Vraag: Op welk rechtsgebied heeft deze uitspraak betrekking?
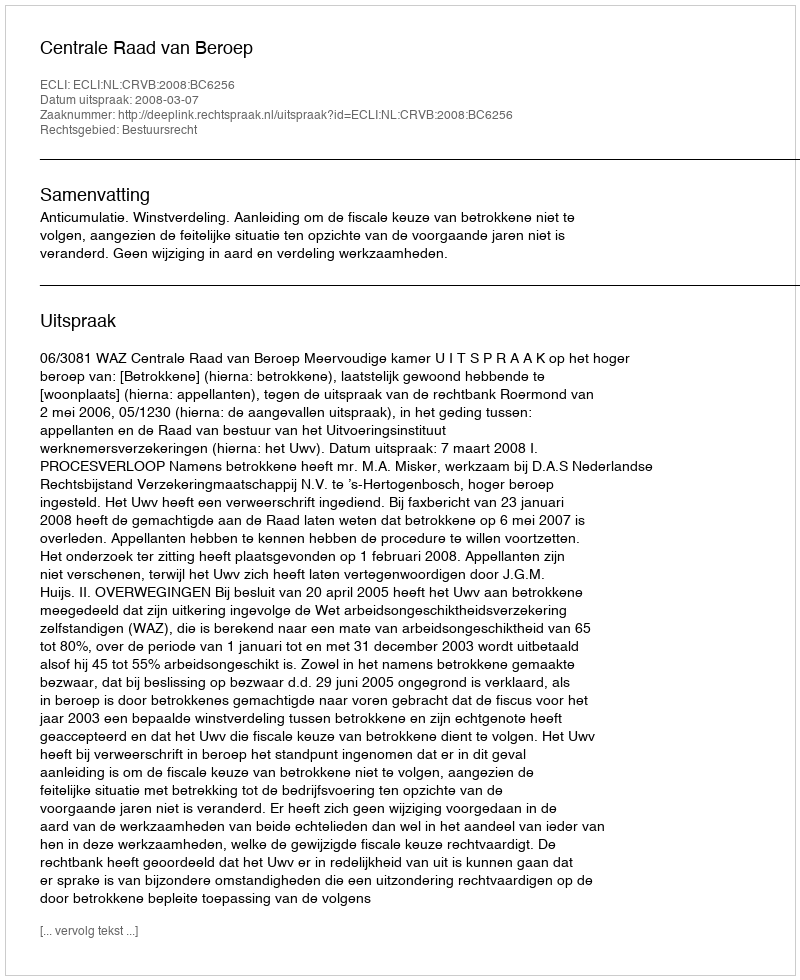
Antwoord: Bestuursrecht